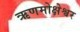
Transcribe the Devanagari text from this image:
ऋणमोक्षेश्वर